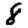
Digit: 8